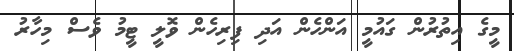
މީގެ އިތުރުން ގައުމީ އަންހެން އަދި ފިރިހެން ވޮލީ ޓީމު ވެސް މިހާރު